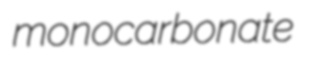
monocarbonate